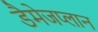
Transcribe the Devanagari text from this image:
डैमेजप्लान